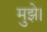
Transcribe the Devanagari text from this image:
मुझे।